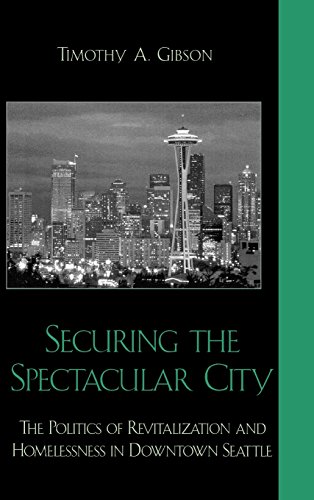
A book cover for Securing the Spectacular City: The Politics of Revitalization and Homelessness in Downtown Seattle; Timothy A. Gibson; Business & Money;